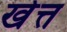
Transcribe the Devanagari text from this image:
खेत्त